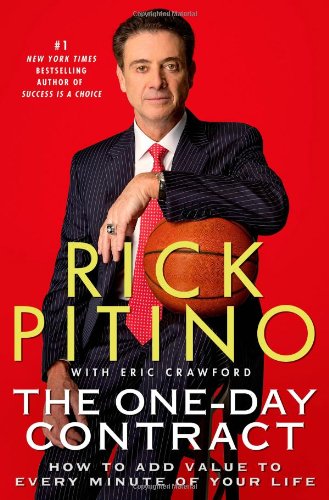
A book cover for The One-Day Contract: How to Add Value to Every Minute of Your Life; Rick Pitino; Sports & Outdoors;